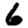
Digit: 6